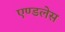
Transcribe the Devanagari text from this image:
एण्डलेस